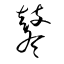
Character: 鼕